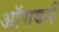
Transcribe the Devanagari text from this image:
ऑगबर्न